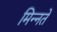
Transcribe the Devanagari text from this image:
मिन्नते